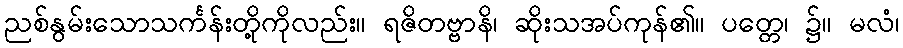
ညစ်နွမ်းသောသင်္ကန်းတို့ကိုလည်း။ ရဇိတဗ္ဗာနိ၊ ဆိုးသအပ်ကုန်၏။ ပတ္တေ၊ ၌။ မလံ၊